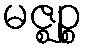
မဇ္ဈဉ္စ